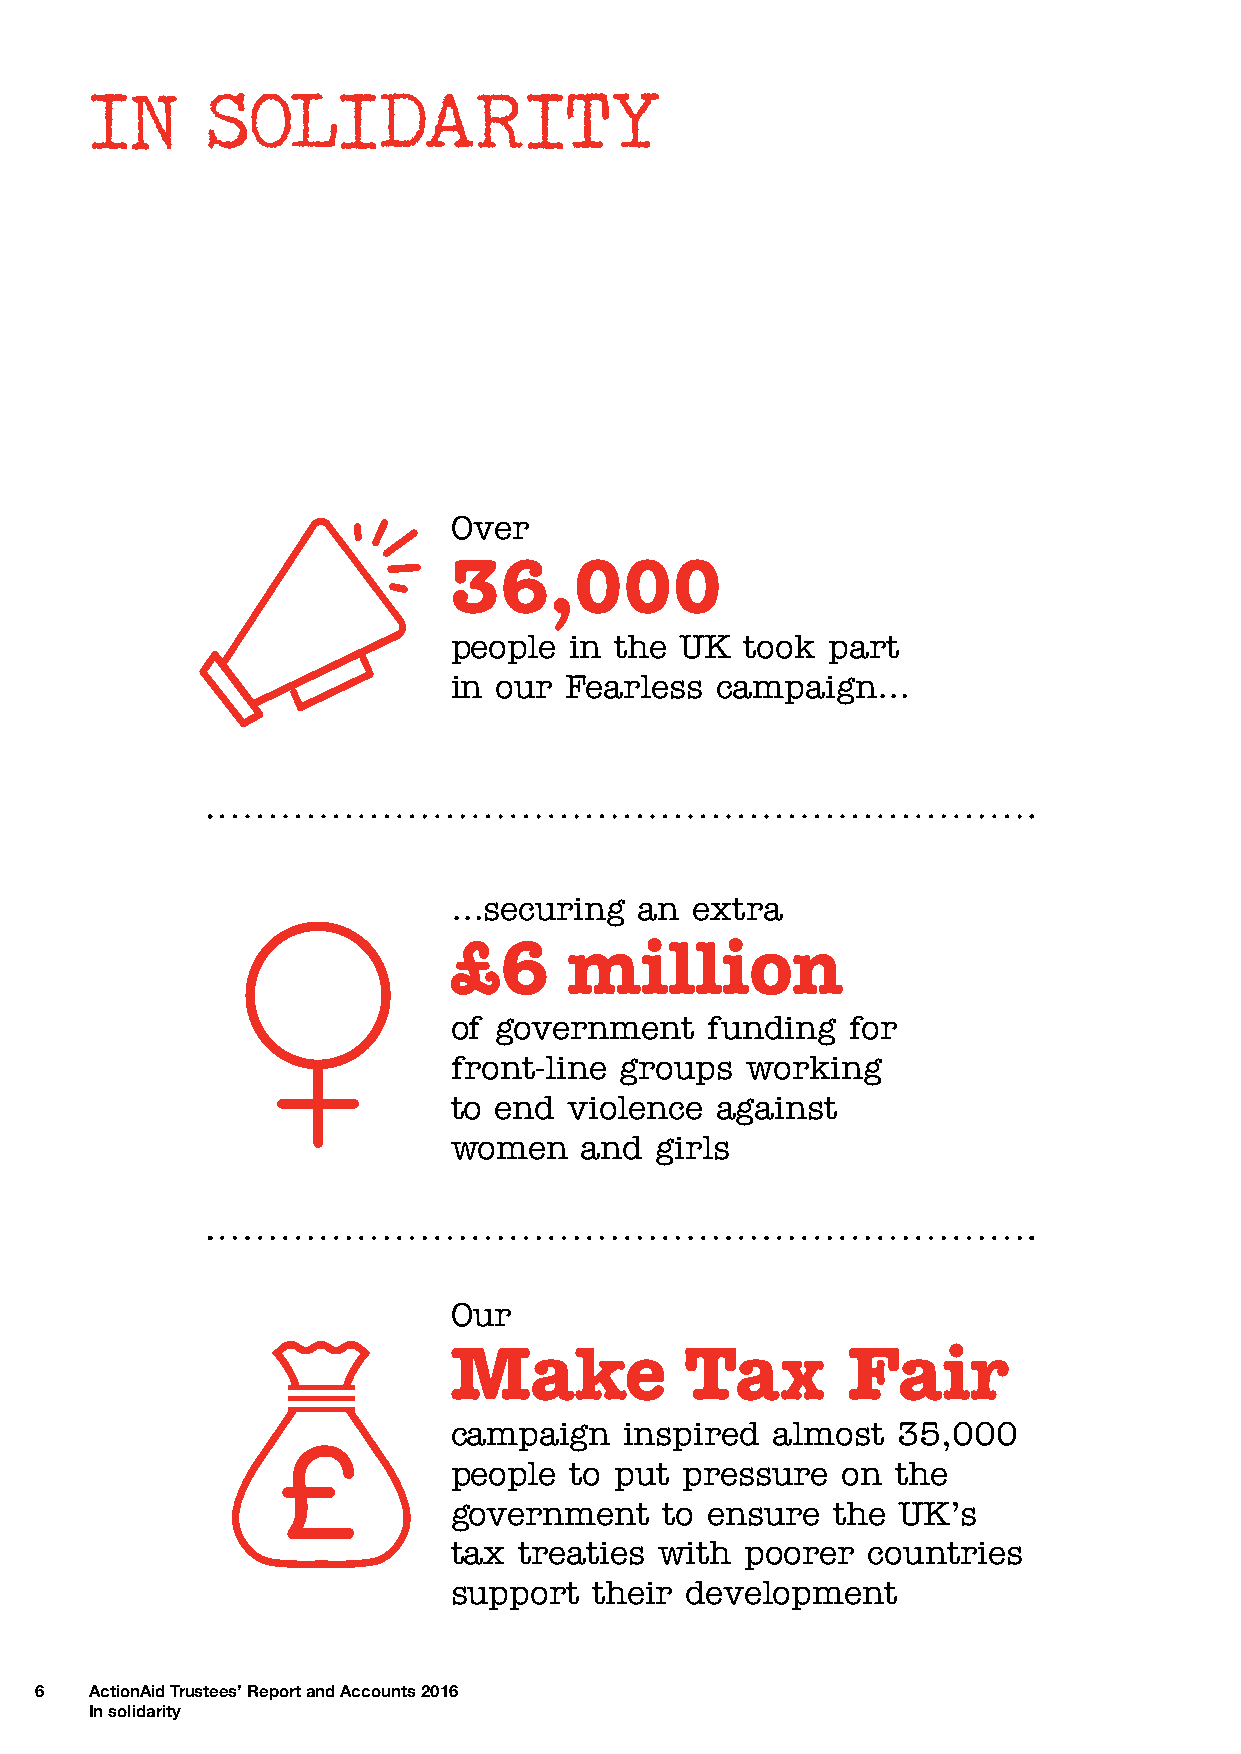
IN      SOLIDARITY
 Over
 36,000
 people  in the UK  took  part
 in our Fearless  campaign…
 …securing   an  extra
 £6      million
 of government    funding  for
 front-line groups  working
 to end  violence against
 women   and  girls
 Our
 Make           Tax        Fair
 campaign   inspired  almost  35,000
 people  to put pressure   on the
 government    to ensure  the  UK’s
 tax treaties  with poorer  countries
 support  their development
 6   ActionAid Trustees’ Report and Accounts 2016
 In solidarity